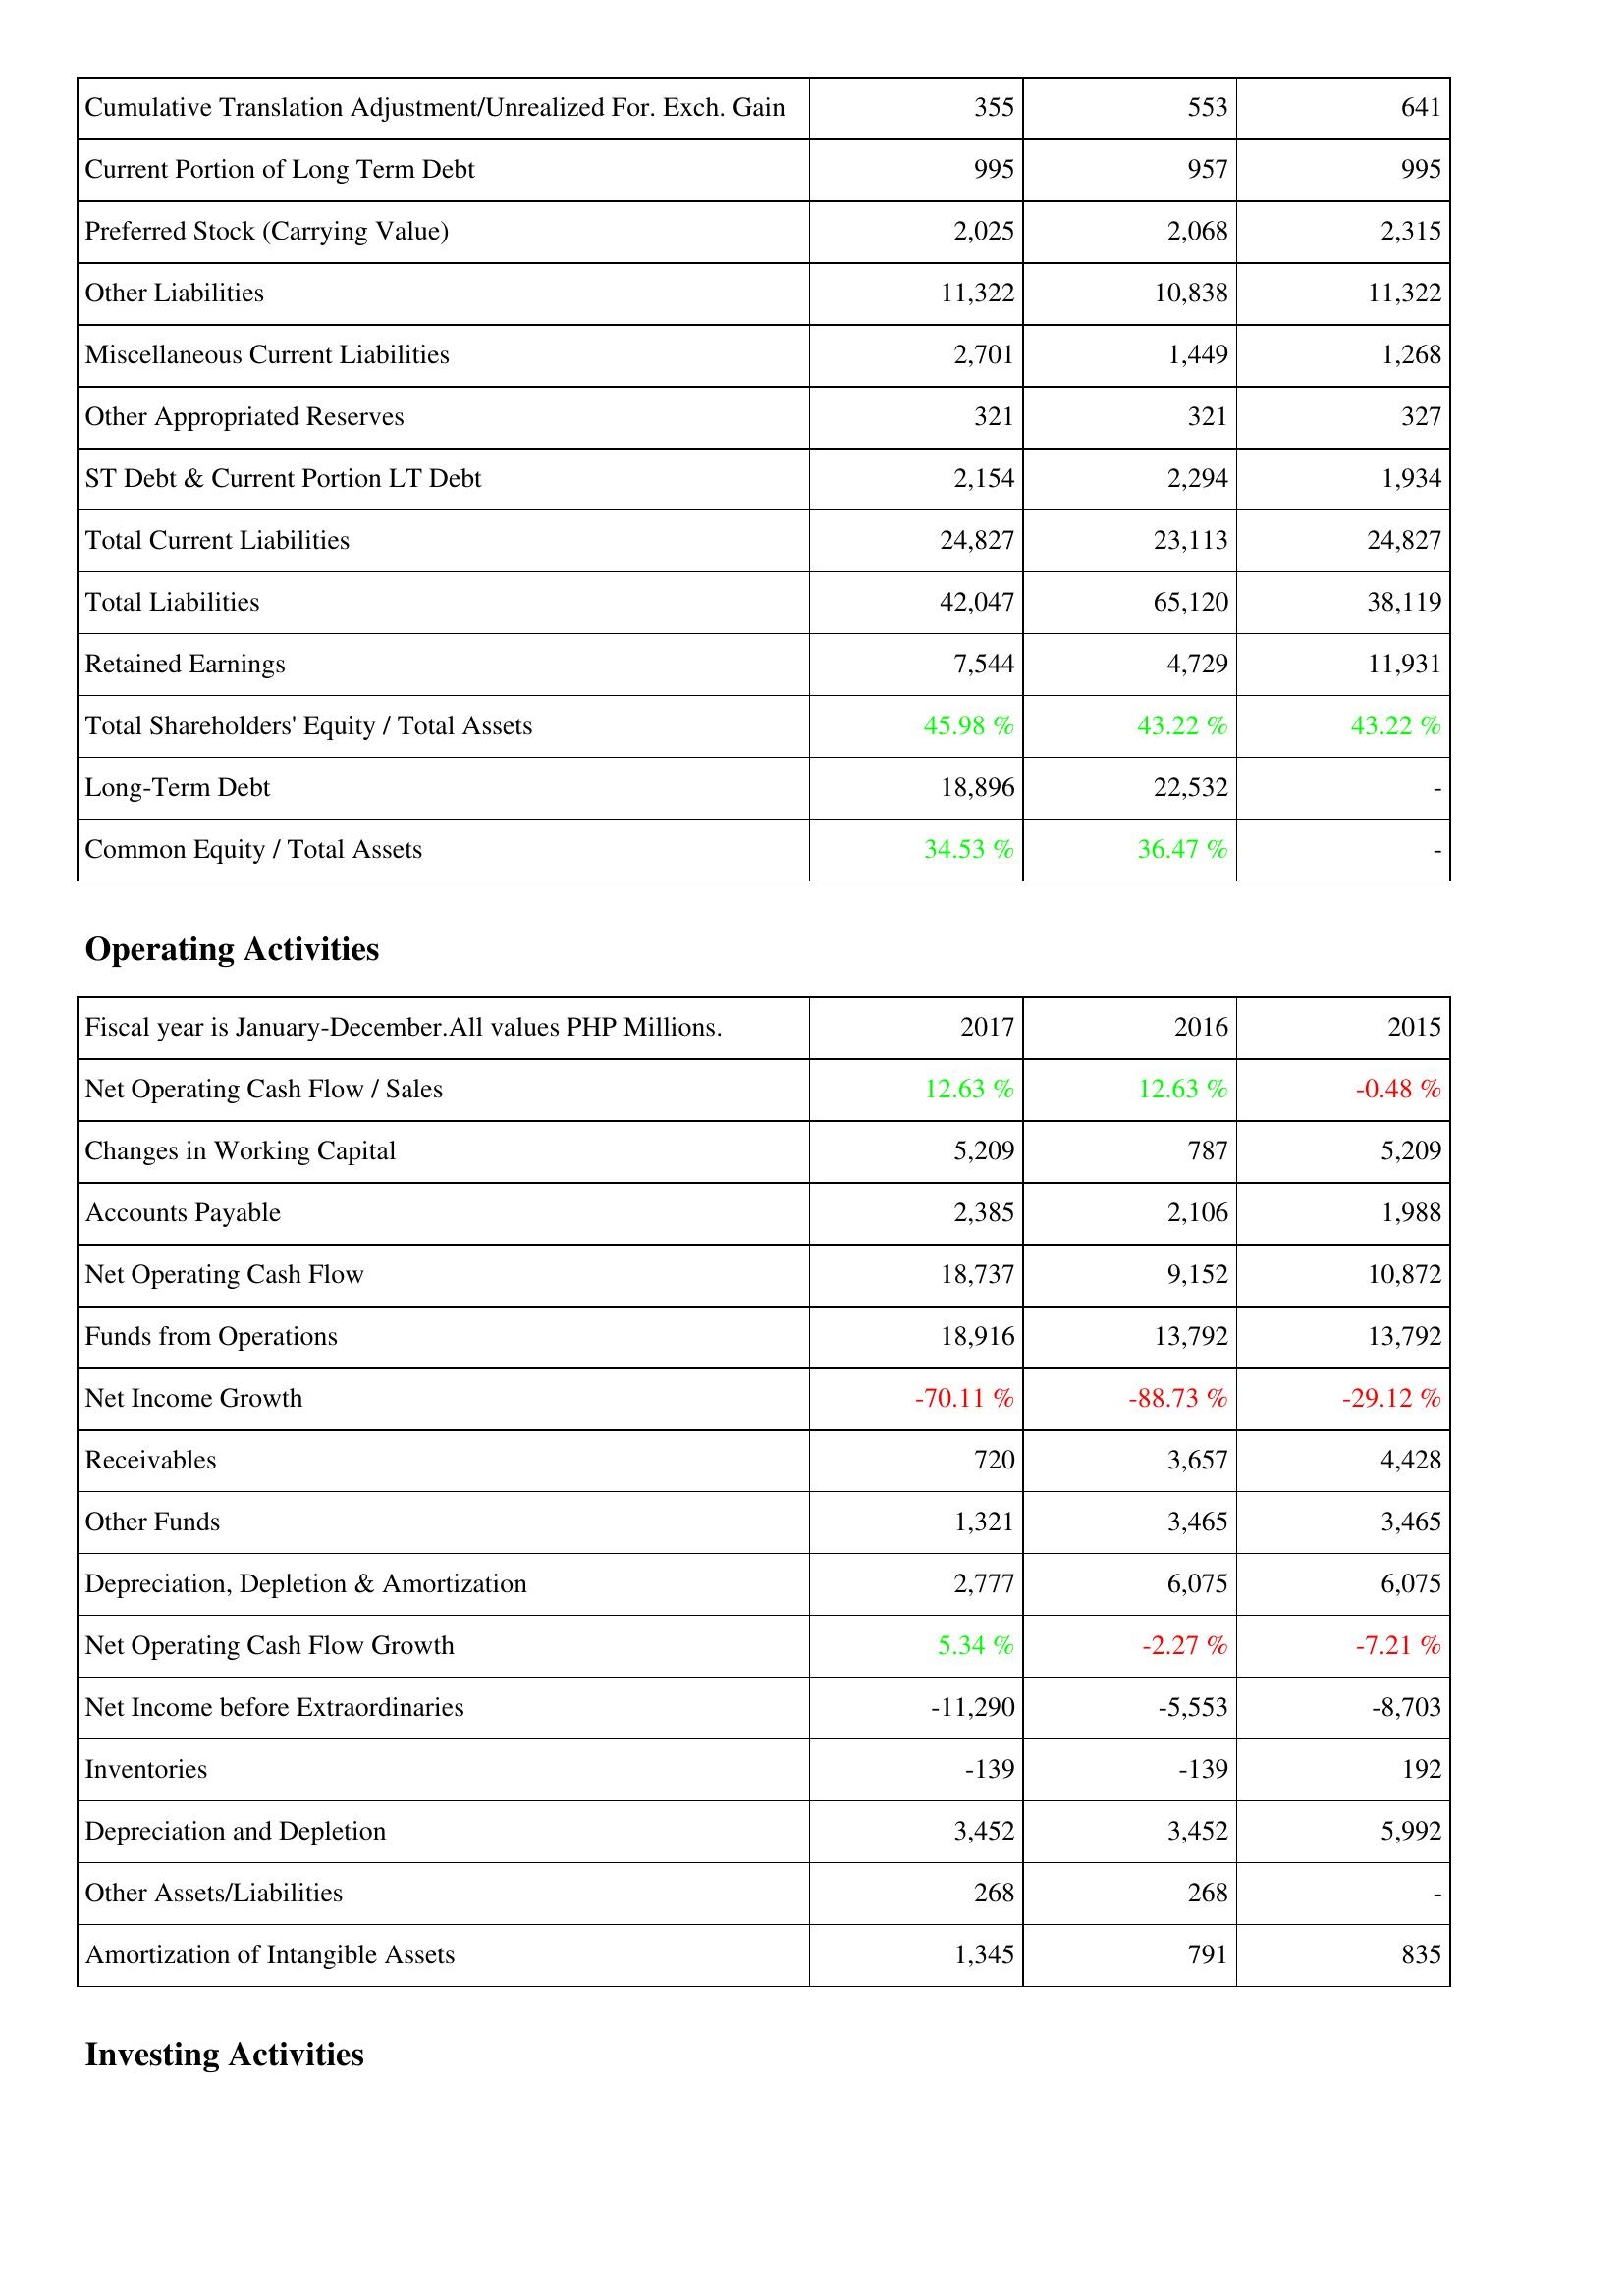
2017: Liabilities & Shareholders' Equity: Cumulative Translation Adjustment/Unrealized For. Exch. Gain: 355
Current Portion of Long Term Debt: 995
Preferred Stock (Carrying Value): 2,025
Other Liabilities: 11,322
Miscellaneous Current Liabilities: 2,701
Other Appropriated Reserves: 321
ST Debt & Current Portion LT Debt: 2,154
Total Current Liabilities: 24,827
Total Liabilities: 42,047
Retained Earnings: 7,544
Total Shareholders' Equity / Total Assets: 45.98 %
Long-Term Debt: 18,896
Common Equity / Total Assets: 34.53 %
Operating Activities: Net Operating Cash Flow / Sales: 12.63 %
Changes in Working Capital: 5,209
Accounts Payable: 2,385
Net Operating Cash Flow: 18,737
Funds from Operations: 18,916
Net Income Growth: -70.11 %
Receivables: 720
Other Funds: 1,321
Depreciation, Depletion & Amortization: 2,777
Net Operating Cash Flow Growth: 5.34 %
Net Income before Extraordinaries: -11,290
Inventories: -139
Depreciation and Depletion: 3,452
Other Assets/Liabilities: 268
Amortization of Intangible Assets: 1,345
2016: Liabilities & Shareholders' Equity: Cumulative Translation Adjustment/Unrealized For. Exch. Gain: 553
Current Portion of Long Term Debt: 957
Preferred Stock (Carrying Value): 2,068
Other Liabilities: 10,838
Miscellaneous Current Liabilities: 1,449
Other Appropriated Reserves: 321
ST Debt & Current Portion LT Debt: 2,294
Total Current Liabilities: 23,113
Total Liabilities: 65,120
Retained Earnings: 4,729
Total Shareholders' Equity / Total Assets: 43.22 %
Long-Term Debt: 22,532
Common Equity / Total Assets: 36.47 %
Operating Activities: Net Operating Cash Flow / Sales: 12.63 %
Changes in Working Capital: 787
Accounts Payable: 2,106
Net Operating Cash Flow: 9,152
Funds from Operations: 13,792
Net Income Growth: -88.73 %
Receivables: 3,657
Other Funds: 3,465
Depreciation, Depletion & Amortization: 6,075
Net Operating Cash Flow Growth: -2.27 %
Net Income before Extraordinaries: -5,553
Inventories: -139
Depreciation and Depletion: 3,452
Other Assets/Liabilities: 268
Amortization of Intangible Assets: 791
2015: Liabilities & Shareholders' Equity: Cumulative Translation Adjustment/Unrealized For. Exch. Gain: 641
Current Portion of Long Term Debt: 995
Preferred Stock (Carrying Value): 2,315
Other Liabilities: 11,322
Miscellaneous Current Liabilities: 1,268
Other Appropriated Reserves: 327
ST Debt & Current Portion LT Debt: 1,934
Total Current Liabilities: 24,827
Total Liabilities: 38,119
Retained Earnings: 11,931
Total Shareholders' Equity / Total Assets: 43.22 %
Long-Term Debt: -
Common Equity / Total Assets: -
Operating Activities: Net Operating Cash Flow / Sales: -0.48 %
Changes in Working Capital: 5,209
Accounts Payable: 1,988
Net Operating Cash Flow: 10,872
Funds from Operations: 13,792
Net Income Growth: -29.12 %
Receivables: 4,428
Other Funds: 3,465
Depreciation, Depletion & Amortization: 6,075
Net Operating Cash Flow Growth: -7.21 %
Net Income before Extraordinaries: -8,703
Inventories: 192
Depreciation and Depletion: 5,992
Other Assets/Liabilities: -
Amortization of Intangible Assets: 835